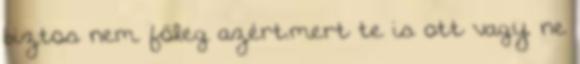
biztos nem. föleg azért.mert te is ott vagy. ne